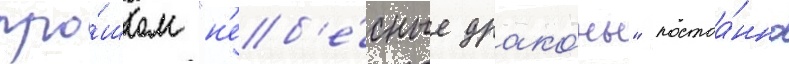
про́шлом "н'еб'е́сные драко́ны" постоа́нно